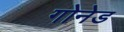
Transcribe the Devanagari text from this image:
गोनेड